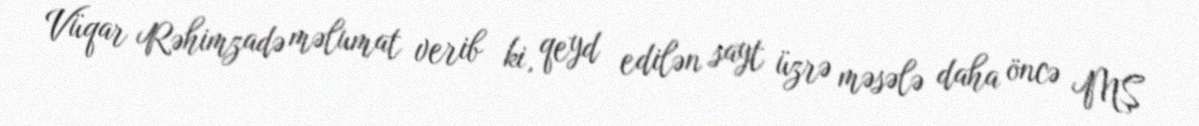
Vüqar Rəhimzadə məlumat verib ki, qeyd edilən sayt üzrə məsələ daha öncə MŞ